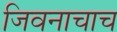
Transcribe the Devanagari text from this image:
जिवनाचाच